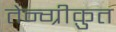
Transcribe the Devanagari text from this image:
तेन्ग्रीक़ुत